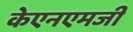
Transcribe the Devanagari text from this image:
केएनएमजी